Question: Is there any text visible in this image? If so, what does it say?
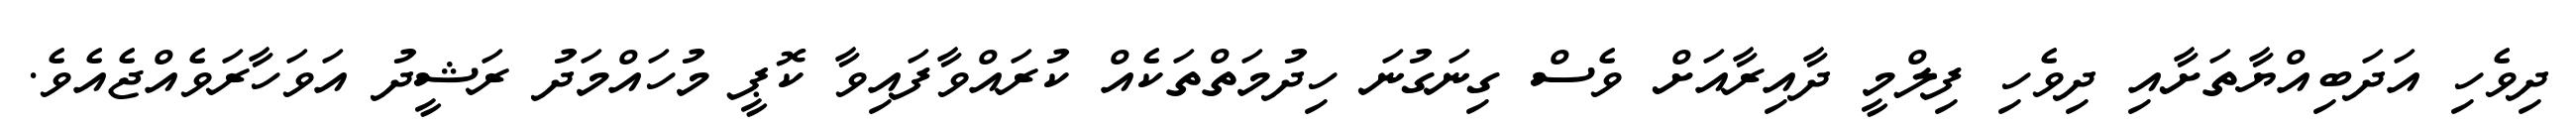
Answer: ދިވެހި އަދަބިއްޔާތަށާއި ދިވެހި ފިލްމީ ދާއިރާއަށް ވެސް ގިނަގުނަ ހިދުމަތްތަކެއް ކުރައްވާފައިވާ ކޮޕީ މުހައްމަދު ރަޝީދު އަވަހާރަވެއްޖެއެވެ.